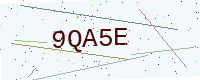
Text: 9QA5E